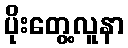
ပိုးတွေ့လူနာ